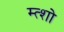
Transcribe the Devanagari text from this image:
म्त्शो